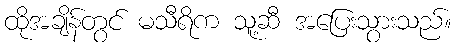
ထိုအချိန်တွင် မသီရိက သူ့ဆီ အပြေးသွားသည်။